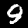
Digit: 9